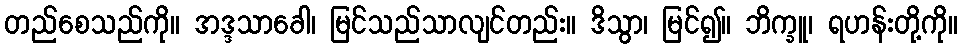
တည်စေသည်ကို။ အဒ္ဒသာခေါ၊ မြင်သည်သာလျင်တည်း။ ဒိသွာ၊ မြင်၍။ ဘိက္ခူ၊ ရဟန်းတို့ကို။